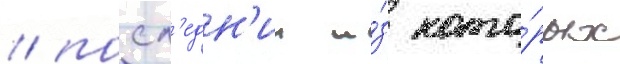
/ посл'едн'ии и́з кото́рых